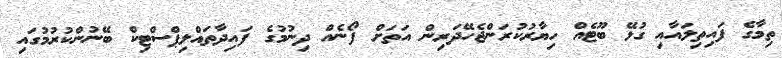
ތިމާގެ ފައިތިލައާއި ގުޅޭ ބޫޓެއް ހިޔާރުކުރަންޖެހޭދަރިން އަތަށް ފޯނެއް ދިނުމުގެ ފައިދާތައްލިޕްސްޓިކް ބޭނުންކުރުމުގައި